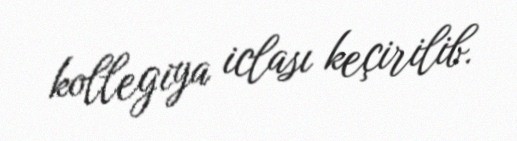
kollegiya iclası keçirilib.